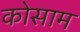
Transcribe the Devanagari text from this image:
कोसाम